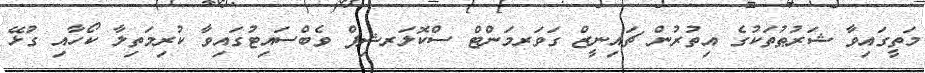
މަތީގައިވާ ޝަރުޠުތަކުގެ އިތުރުން ޗައިނީޒް ގަވަރމަންޓް ސްކޮލަރޝިޕް ވެބްސައިޓުގައިވާ ކުރިމަތިލާ ކޯހާއި ގުޅޭ